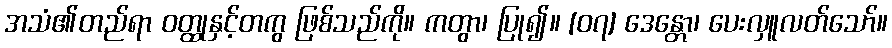
အသံ၏တည်ရာ ဝတ္ထုနှင့်တကွ ဖြစ်သည်ကို။ ကတွာ၊ ပြု၍။ [၀၇] ဒေန္တော၊ ပေးလှူလတ်သော်။